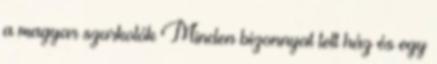
a magyar szurkolók Minden bizonnyal telt ház és egy